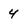
Character: 4